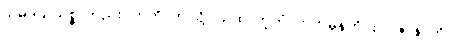
သမုဒယသစ္စာတည်း။ ဣတိ၊ ဤသို့။ ယထာဘူတံ၊ ဟုတ်မှန်တိုင်း။ ပဇာနာတိ၊